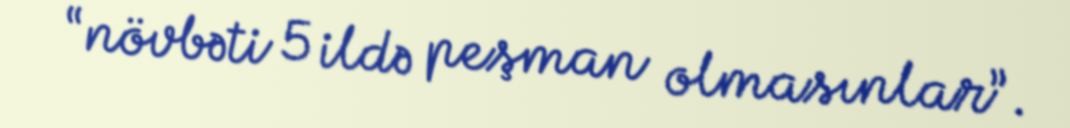
“növbəti 5 ildə peşman olmasınlar”.